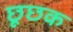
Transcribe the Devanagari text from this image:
छूछक